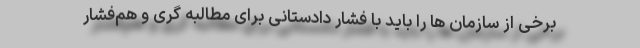
برخی از سازمان ها را باید با فشار دادستانی برای مطالبه گری و هم‌فشار